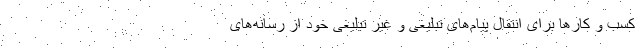
کسب و کار‌ها برای انتقال پیام‌های تبلیغی و غیر تبلیغی خود از رسانه‌های